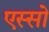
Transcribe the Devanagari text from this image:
एस्सो